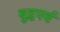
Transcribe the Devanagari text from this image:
बुद्धपर्व